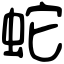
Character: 蛇